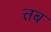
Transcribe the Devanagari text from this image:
त्तब